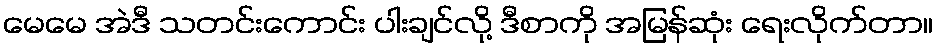
မေမေ အဲဒီ သတင်းကောင်း ပါးချင်လို့ ဒီစာကို အမြန်ဆုံး ရေးလိုက်တာ။